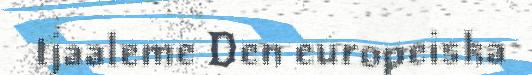
tjaaleme Den europeiska